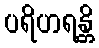
ပရိဟရန္တိ